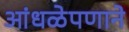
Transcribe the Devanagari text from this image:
आंधळेपणाने